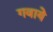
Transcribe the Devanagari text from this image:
गवाये